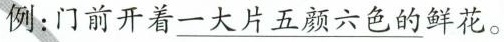
例：门前开着\underline{一大片五颜六色的}鲜花。